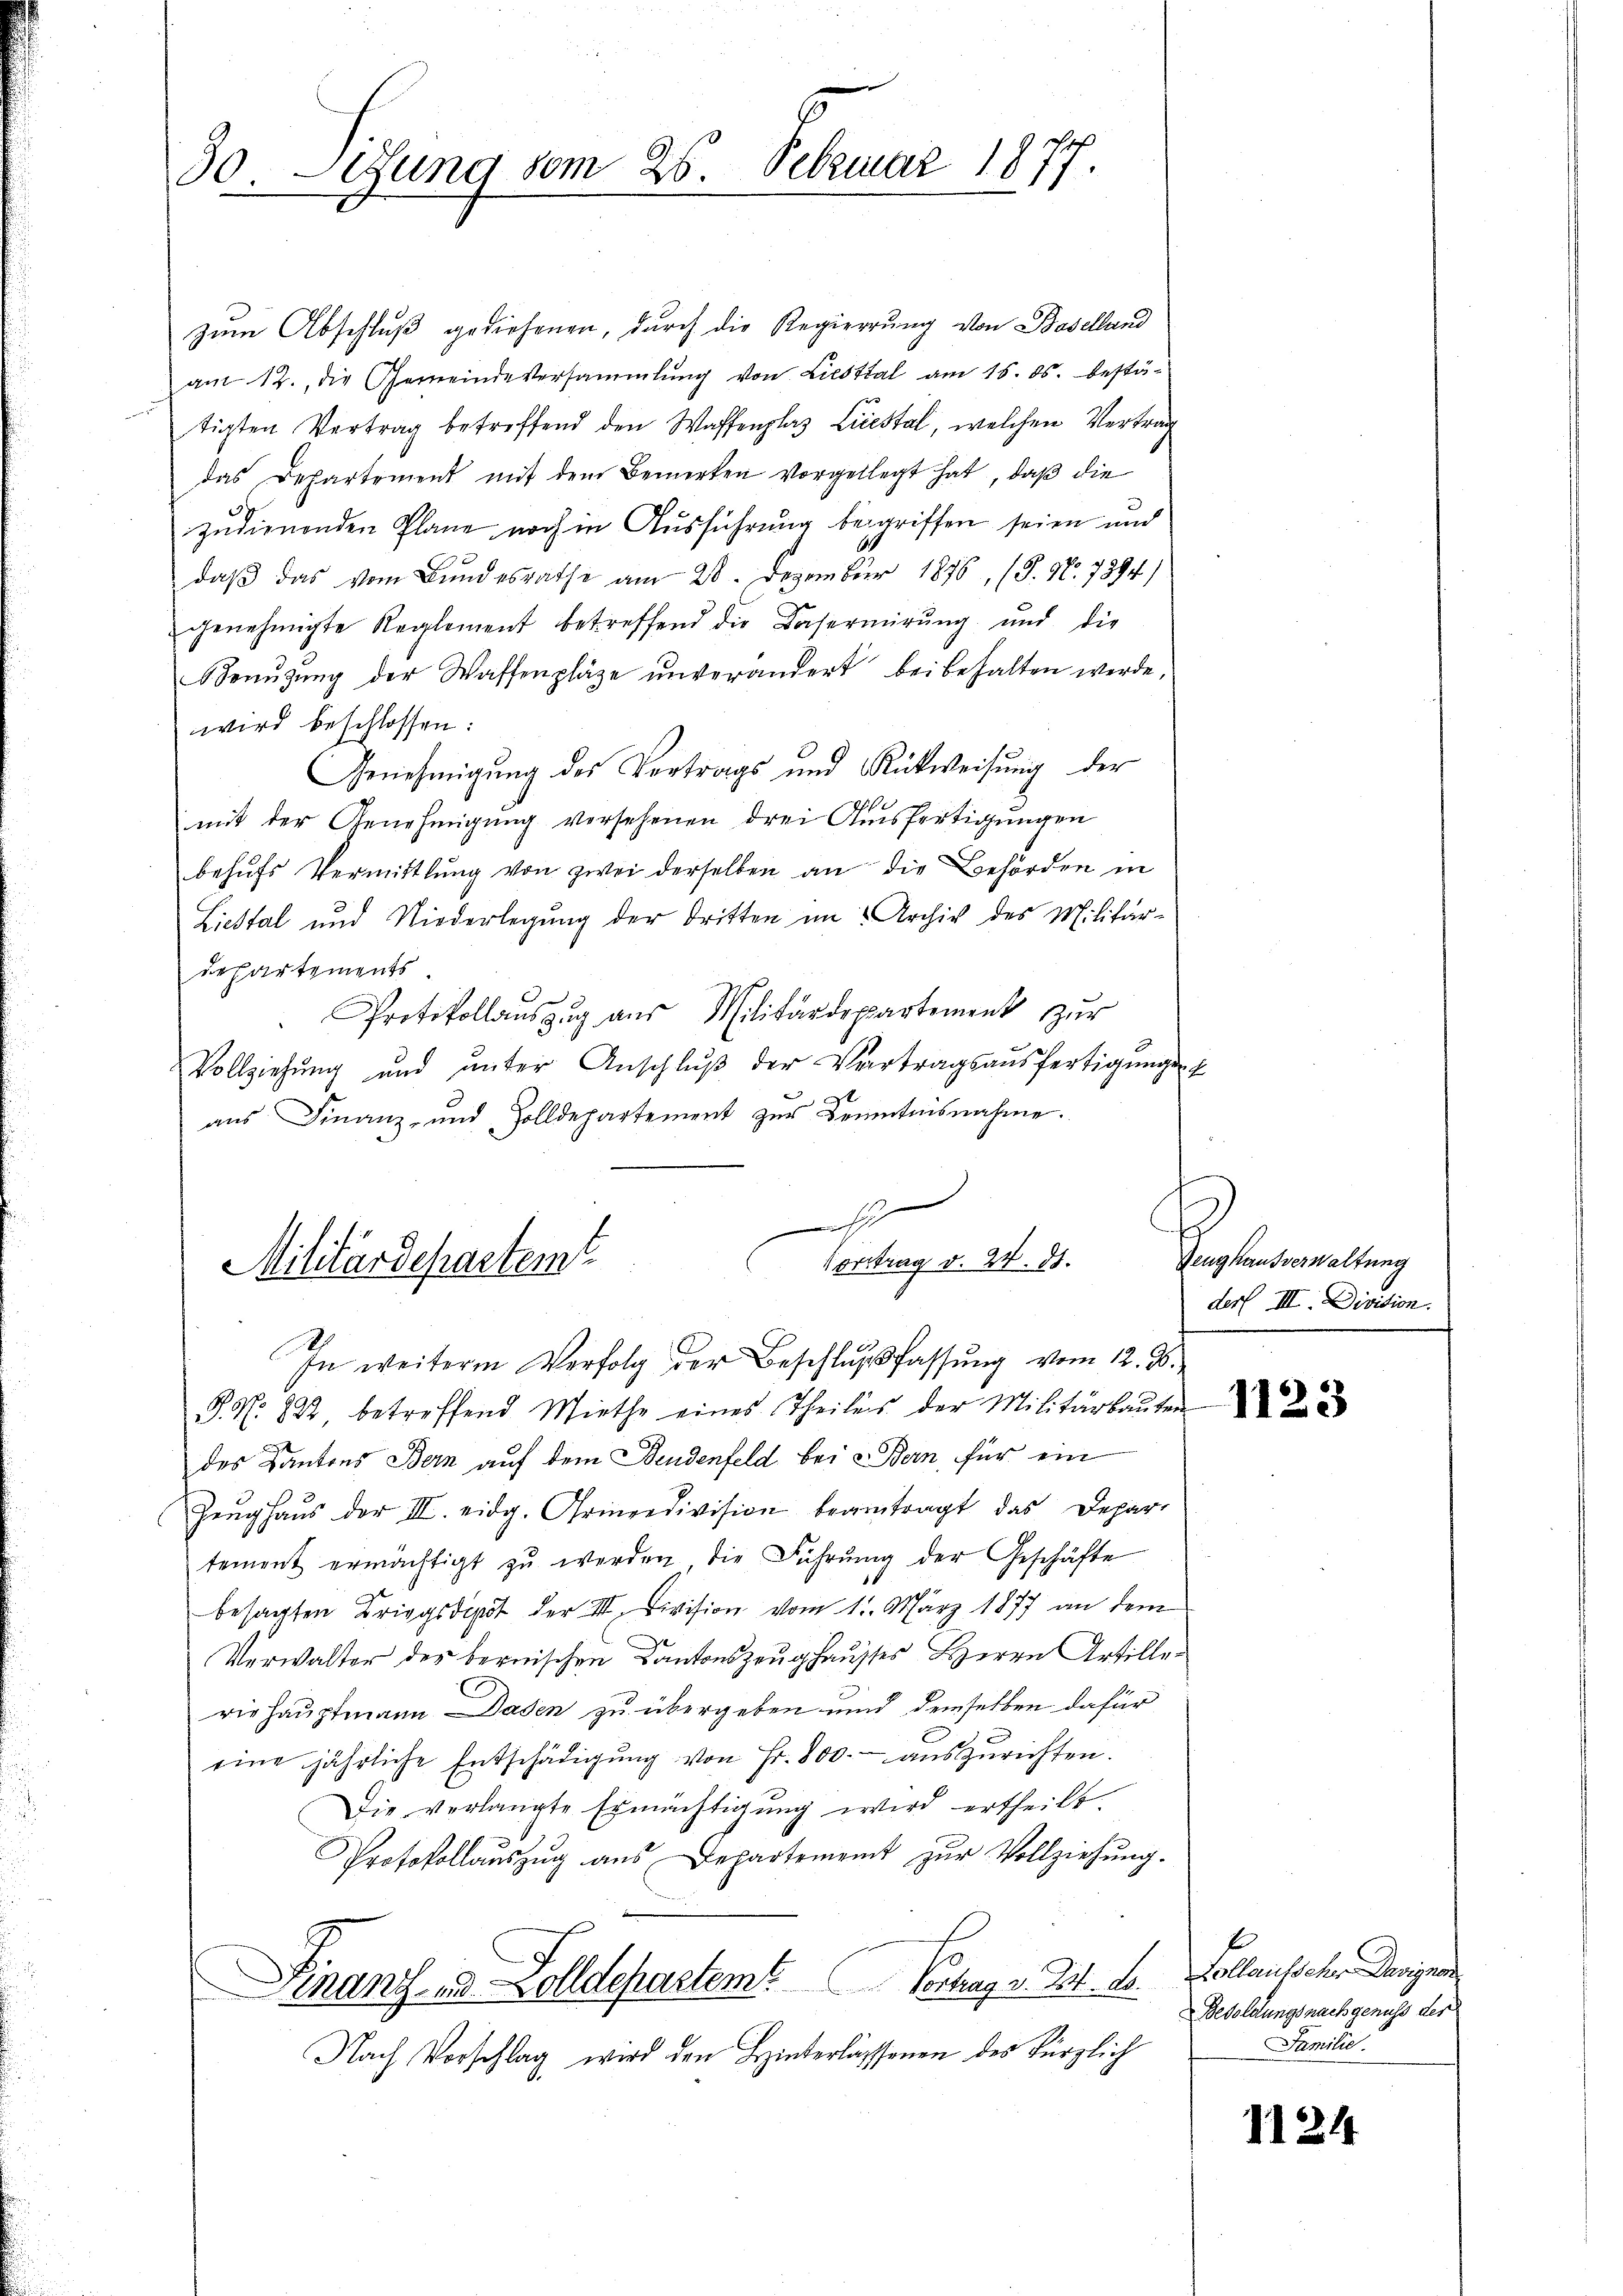
30 iung vom 26. Februar 1877.
e

zum Abschluß gediesenen, durch die Regierung von Baselland
am 12. die Gemeindeversammlung von Liesttal am 15. ds. bestä-
tigten Vertrag betreffend den Waffenplaz Liestal, welchen Vertrag
das Departement mit dem Bemerken vorgelegt hat, daß die
zudienenden Plane noch in Ausführung begriffen seien und
daβ das vom Bundesrathe am 28. Dezember 1876, (S. Nr. 7894/
genehmigte Reglement betreffend die Kasermierung und die
Benŭzŭng der Waffenplätze unverändert bei behalten werde
wird beschlossen:
Genehmigung des Vertrags und Rückweisung der
mit der Genehmigung versehenen drei Ausfertigungen
behŭfs Vermittlung von zwei derselben an die Behörden in
Liestal und Niederlegung der dritten im Archiv des Militär-
erpartements.
Protokollaŭszŭg aŭs Militärdepartement zŭr
Vollziehung und ŭnter Anschlŭβ der Vertragsausfertigungen
aŭs Finanz- und Zolldepartement zŭr Kenntnisnahme.
1

Vortrag d. 24. d.
Militärdepartemt
In weitere Verfolg der Beschlußfassung vom 12. ds.

Zeughausverwaltung
ders III. Division.

P. Nr. 222 betreffend Miethe eines Theiles der Militärbaŭten
des Kantons Bern auf dem Bendenfeld bei Bern, für ein
Zeŭghaŭs der III. eidg. Grindivision beantragt das Depar-
tement ermächtigt zŭ werden die Führŭng der Geschäfte
besagten Kriegsdipt der III. Division vom 11. März 1877 an dem
Verwalter der bernischen Kantonszeughausses Herrn Artilleriehauptmann. Dasen zu übergeben und demselben dafür
eine jährliche Entschädigŭng von Fr. 800. auszurichten.
Die verlangte Ermächtigung wird ertheilt.
Protokollaŭszŭg aŭs Departement zŭr Vollziehŭng.
Finanz- und Zolldeperstemt. Vortrag v. Zt. d.
Nach Vorschlag wird den Hinterlassenen des kürzlich

1123

Collausscher Davignen
Besoldungsnachgenuss der
Familie.

1124